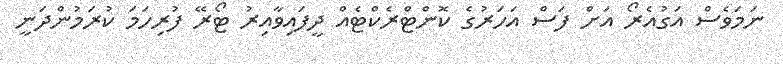
ނަމަވެސް އަގުއެރޯ އަށް ފަސް އަހަރުގެ ކޮންޓްރެކްޓެއް ދީފައިވާއިރު ޓޯރޭ ފުރިހަމަ ކުރަމުންދަނީ